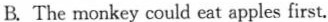
B. The monkey could eat apples first.